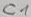
Text: C1